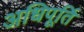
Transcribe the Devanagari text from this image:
अधिपूर्ति